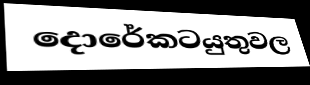
දොරේකටයුතුවල